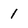
Character: I